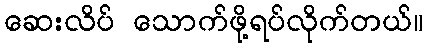
ဆေးလိပ် သောက်ဖို့ရပ်လိုက်တယ်။